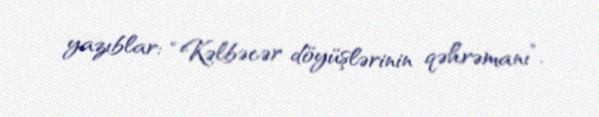
yazıblar: “Kəlbəcər döyüşlərinin qəhrəmanı”.